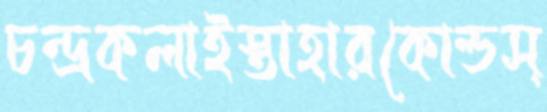
চন্দ্রকলাইস্তাহারকোল্ডস্